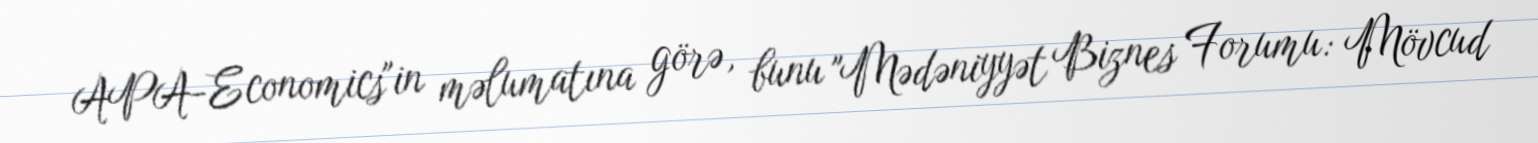
APA-Economics"in məlumatına görə, bunu "Mədəniyyət Biznes Forumu: Mövcud